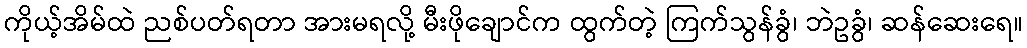
ကိုယ့်အိမ်ထဲ ညစ်ပတ်ရတာ အားမရလို့ မီးဖိုချောင်က ထွက်တဲ့ ကြက်သွန်ခွံ၊ ဘဲဥခွံ၊ ဆန်ဆေးရေ။